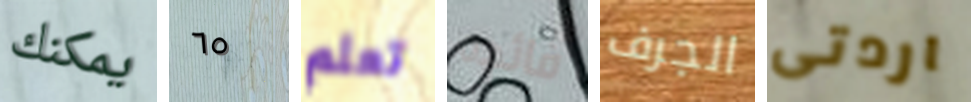
يمكنك ٦٥ تعلم فائده الجرف اردتى